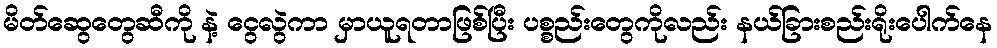
မိတ်ဆွေတွေဆီကို နဲ့ ငွေလွဲကာ မှာယူရတာဖြစ်ပြီး ပစ္စည်းတွေကိုလည်း နယ်ခြားစည်းရိုးပေါက်နေ